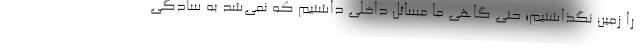
را زمین نگذاشتیم؛ حتی گاهی ما مسائل داخلی داشتیم که نمی‌شد به سادگی